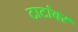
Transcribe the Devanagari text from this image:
टाटांवर